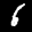
Label: 6